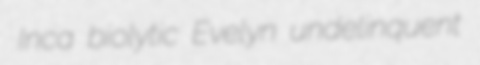
Inca biolytic Evelyn undelinquent